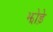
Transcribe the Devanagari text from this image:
झोड़े